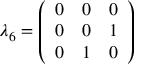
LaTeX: \lambda _ { 6 } = { \left( \begin{array} { l l l } { 0 } & { 0 } & { 0 } \\ { 0 } & { 0 } & { 1 } \\ { 0 } & { 1 } & { 0 } \end{array} \right) }